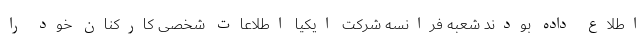
اطلاع داده بودند شعبه فرانسه شرکت ایکیا اطلاعات شخصی کارکنان خود را